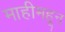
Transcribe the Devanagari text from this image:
माहीमहून